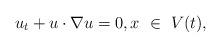
LaTeX: \begin{align*}u_t+u\cdot \nabla u=0, x\ \in \ V(t),\end{align*}